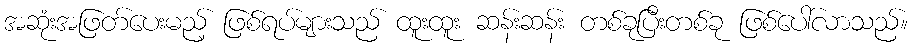
အဆုံးအဖြတ်ပေးမည့် ဖြစ်ရပ်များသည် ထူးထူး ဆန်းဆန်း တစ်ခုပြီးတစ်ခု ဖြစ်ပေါ်လာသည်။